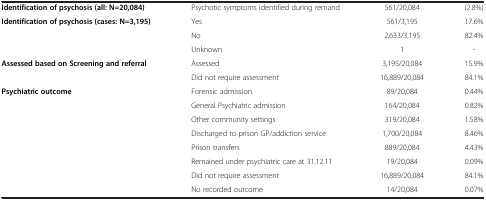
<table><thead><tr><td><b> </b></td><td><b> </b></td><td><b> </b></td><td><b> </b></td></tr></thead><tbody><tr><td><b>Identification of psychosis (all: N=20,084)</b></td><td>Psychotic symptoms identified during remand</td><td>561/20,084</td><td>(2.8%)</td></tr><tr><td rowspan="3"><b>Identification of psychosis (cases: N=3,195)</b></td><td>Yes</td><td>561/3,195</td><td>17.6%</td></tr><tr><td>No</td><td>2,633/3,195</td><td>82.4%</td></tr><tr><td>Unknown</td><td>1</td><td>-</td></tr><tr><td rowspan="2"><b>Assessed based on Screening and referral</b></td><td>Assessed</td><td>3,195/20,084</td><td>15.9%</td></tr><tr><td>Did not require assessment</td><td>16,889/20,084</td><td>84.1%</td></tr><tr><td rowspan="8"><b>Psychiatric outcome</b></td><td>Forensic admission</td><td>89/20,084</td><td>0.44%</td></tr><tr><td>General Psychiatric admission</td><td>164/20,084</td><td>0.82%</td></tr><tr><td>Other community settings</td><td>319/20,084</td><td>1.58%</td></tr><tr><td>Discharged to prison GP/addiction service</td><td>1,700/20,084</td><td>8.46%</td></tr><tr><td>Prison transfers</td><td>889/20,084</td><td>4.43%</td></tr><tr><td>Remained under psychiatric care at 31.12.11</td><td>19/20,084</td><td>0.09%</td></tr><tr><td>Did not require assessment</td><td>16,889/20,084</td><td>84.1%</td></tr><tr><td>No recorded outcome</td><td>14/20,084</td><td>0.07%</td></tr></tbody></table>